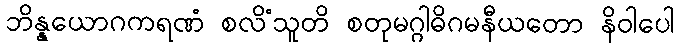
ဘိန္နယောဂကရဏံ စလိံသူတိ စတုမဂ္ဂါဓိဂမနီယတော နိဝါပေါ